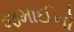
જમાઈનો